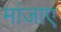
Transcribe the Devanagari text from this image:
मांजाए